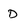
Character: D